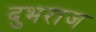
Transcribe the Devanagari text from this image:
दुभराज